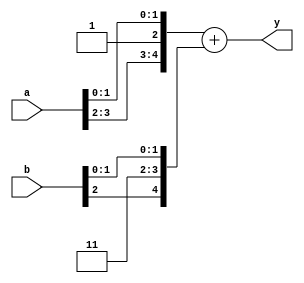
module test(input [3:0] a, input [2:0] b, output [5:0] y);
assign y = {a[3:2], 1'b1, a[1:0]} + {b[2], 2'b11, b[1:0]};
endmodule